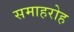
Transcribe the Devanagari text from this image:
समाहरोह